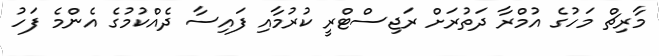
މާރިޗް މަހުގެ އުމްރާ ދަތުރަށް ރަޖިސްޓްރީ ކުރުމާއި ފައިސާ ދެއްކުމުގެ އެންމެ ފަހު